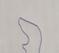
Signature authenticity: forged